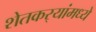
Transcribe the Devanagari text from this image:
शेतकर्‍यांमध्ये